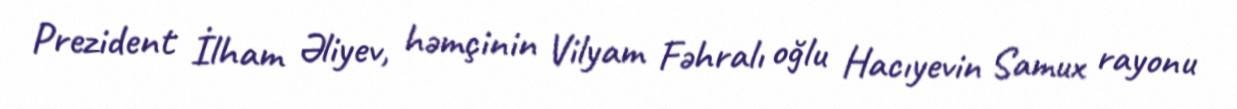
Prezident İlham Əliyev, həmçinin Vilyam Fəhralı oğlu Hacıyevin Samux rayonu